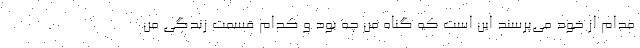
مدام از خود می‌پرسند این است که گناه من چه بود و کدام قسمت زندگی من